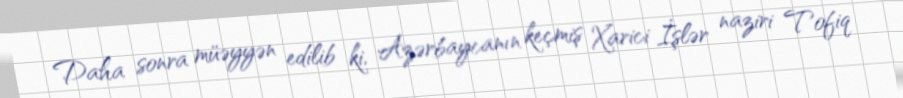
Daha sonra müəyyən edilib ki, Azərbaycanın keçmiş Xarici İşlər naziri Tofiq